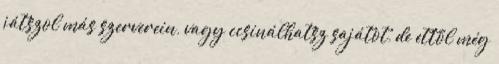
játszol más szerverein, vagy ccsinálhatsz sajátot, de ettől még